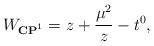
LaTeX: \begin{align*}W_{{\bf CP}^{1}}=z+{\mu^{2}\over z}-t^{0},\end{align*}